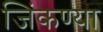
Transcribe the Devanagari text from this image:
जिंकण्या